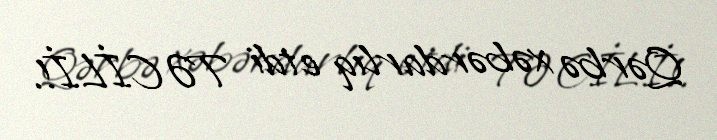
Qərbə xəbərdarlıq etdi TƏCİLİ!.